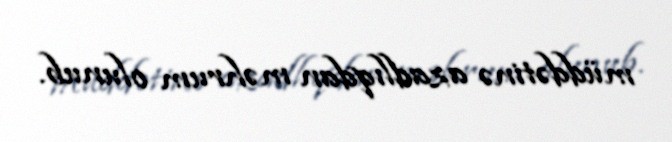
müddətinə azadlıqdan məhrum olunub.